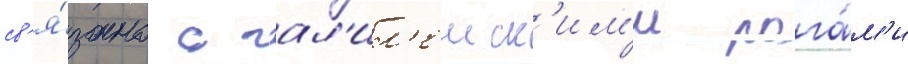
св'я́зано с гал'ил'еиск'им'и рога́м'и